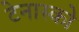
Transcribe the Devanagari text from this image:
टेनास्को